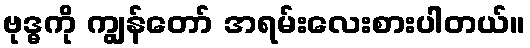
ဗုဒ္ဓကို ကျွန်တော် အရမ်းလေးစားပါတယ်။